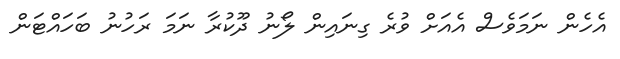
އެހެން ނަމަވެސް އެއަށް ވުރެ ގިނައިން ލޯނު ދޫކުރާ ނަމަ ރަހުނު ބަހައްޓަން